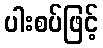
ပါးစပ်ဖြင့်